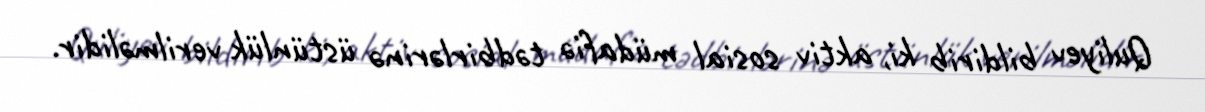
Quliyev bildirib ki, aktiv sosial müdafiə tədbirlərinə üstünlük verilməlidir.